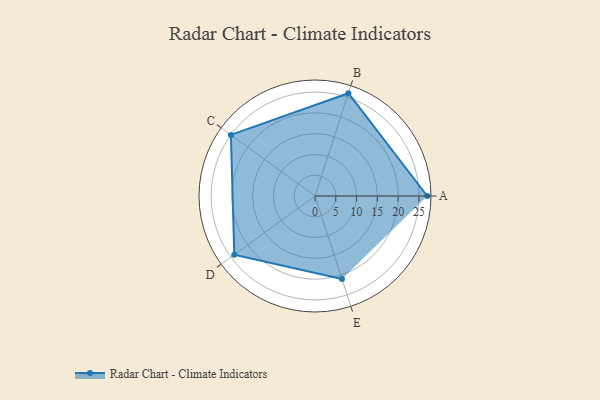
{"axis": {"x": "Skill", "y": "Score"}, "legend": ["Profile"], "data": [{"x": "A", "y": 27.0, "type": "Profile"}, {"x": "B", "y": 26.0, "type": "Profile"}, {"x": "C", "y": 25.0, "type": "Profile"}, {"x": "D", "y": 24.0, "type": "Profile"}, {"x": "E", "y": 21.0, "type": "Profile"}]}